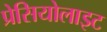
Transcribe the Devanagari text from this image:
प्रेसियोलाइट